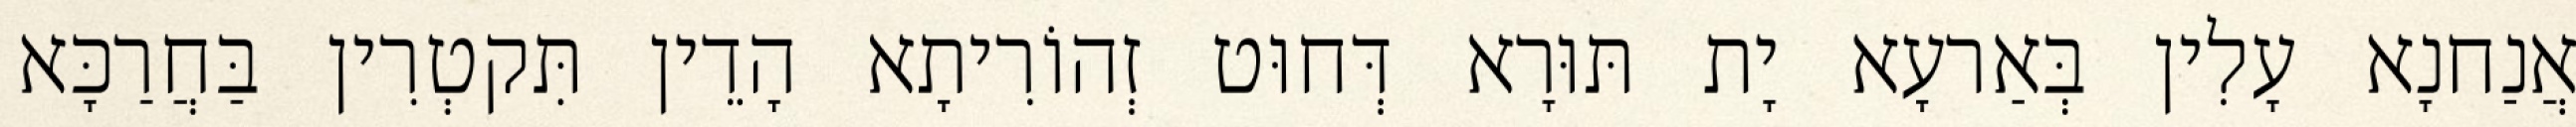
אֲנַחנָא עָלִין בְּאַרעָא יָת תּוּרָא דְּחוּט זְהוֹרִיתָא הָדֵין תִּקטְרִין בַּחֲרַכָּא